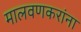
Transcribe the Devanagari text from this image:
मालवणकरांना